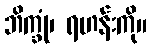
ဘိက္ခုံ၊ ရဟန်းကို။